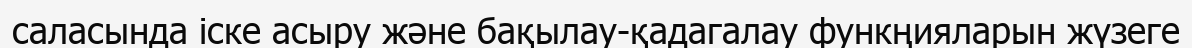
саласында іске асыру және бақылау-қадагалау функңияларын жүзеге